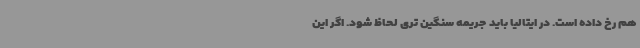
هم رخ داده است. در ایتالیا باید جریمه سنگین تری لحاظ شود. اگر این